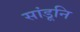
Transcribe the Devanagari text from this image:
सांडूनि